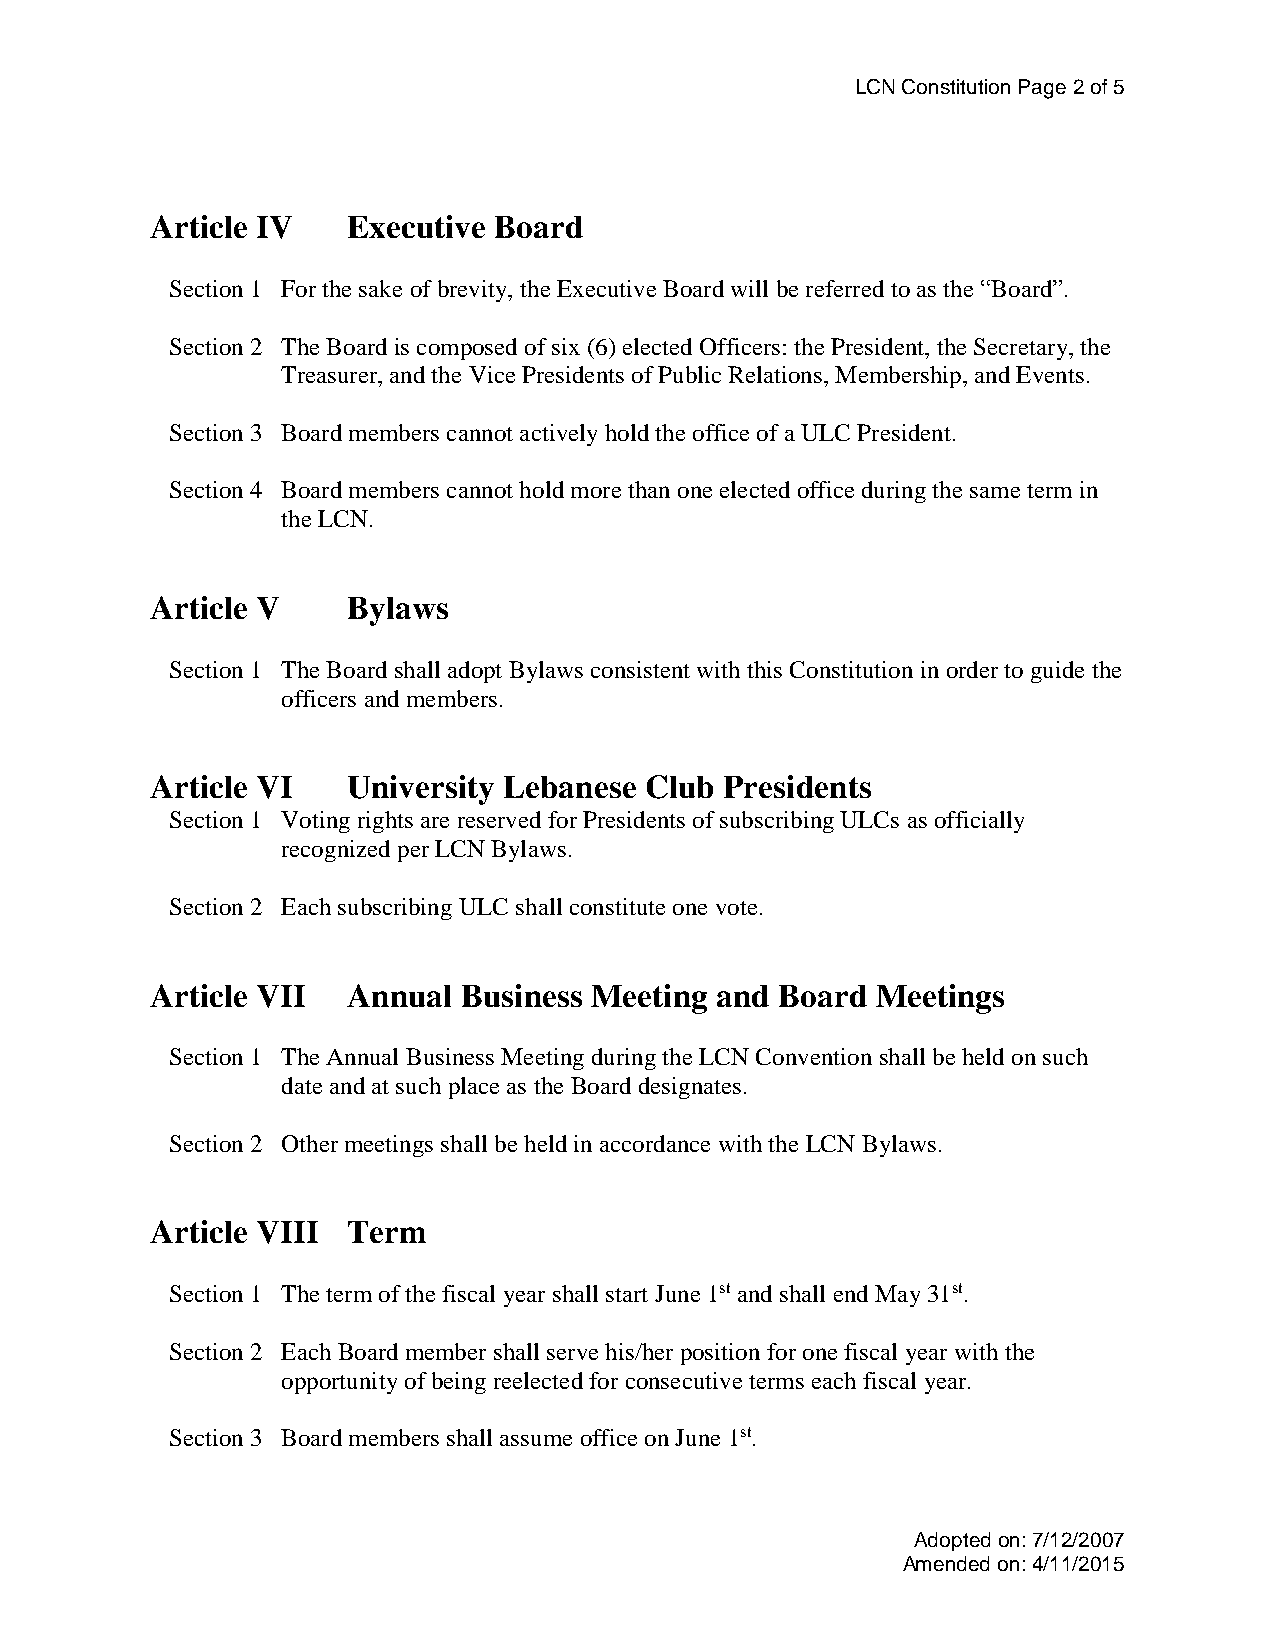
LCN Constitution Page 2 of 5
 Article IV   Executive Board
 Section 1 For the sake of brevity, the Executive Board will be referred to as the “Board”.
 Section 2 The Board is composed of six (6) elected Officers: the President, the Secretary, the
 Treasurer, and the Vice Presidents of Public Relations, Membership, and Events.
 Section 3 Board members cannot actively hold the office of a ULC President.
 Section 4 Board members cannot hold more than one elected office during the same term in
 the LCN.
 Article V    Bylaws
 Section 1 The Board shall adopt Bylaws consistent with this Constitution in order to guide the
 officers and members.
 Article VI   University Lebanese Club Presidents
 Section 1 Voting rights are reserved for Presidents of subscribing ULCs as officially
 recognized per LCN Bylaws.
 Section 2 Each subscribing ULC shall constitute one vote.
 Article VII  Annual  Business Meeting and Board Meetings
 Section 1 The Annual Business Meeting during the LCN Convention shall be held on such
 date and at such place as the Board designates.
 Section 2 Other meetings shall be held in accordance with the LCN Bylaws.
 Article VIII Term
 Section 1 The term of the fiscal year shall start June 1st and shall end May 31st.
 Section 2 Each Board member shall serve his/her position for one fiscal year with the
 opportunity of being reelected for consecutive terms each fiscal year.
 Section 3 Board members shall assume office on June 1st.
 Adopted on: 7/12/2007
 Amended on: 4/11/2015